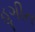
હૂગીન